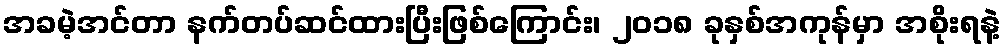
အခမဲ့အင်တာ နက်တပ်ဆင်ထားပြီးဖြစ်ကြောင်း၊ ၂၀၁၈ ခုနှစ်အကုန်မှာ အစိုးရနဲ့